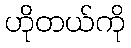
ဟိုတယ်ကို